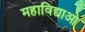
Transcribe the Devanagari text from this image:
महाविद्याओ